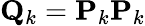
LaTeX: \mathbf{Q}_{k}=\mathbf{P}_{k}\mathbf{P}_{k}